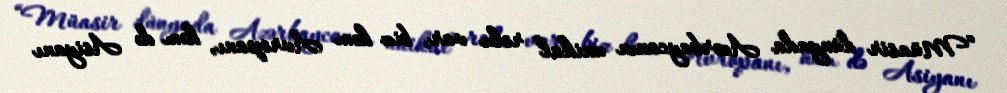
“Müasir dünyada Azərbaycanın unikal rolu var, biz həm Avropanı, həm də Asiyanı